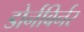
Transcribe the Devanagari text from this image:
डोर्नबिर्नर